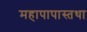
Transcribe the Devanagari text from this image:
महापापास्तथा